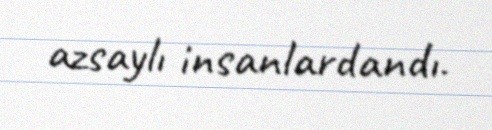
azsaylı insanlardandı.